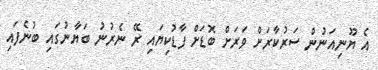
އެ ޔޫނިއަނުން ސަރުކާރަށް ވަރަށް ބޮޑަށް ފާޑުކިޔައި ރޭ ނެރުނު ބަޔާނުގައި ބުނެފައި